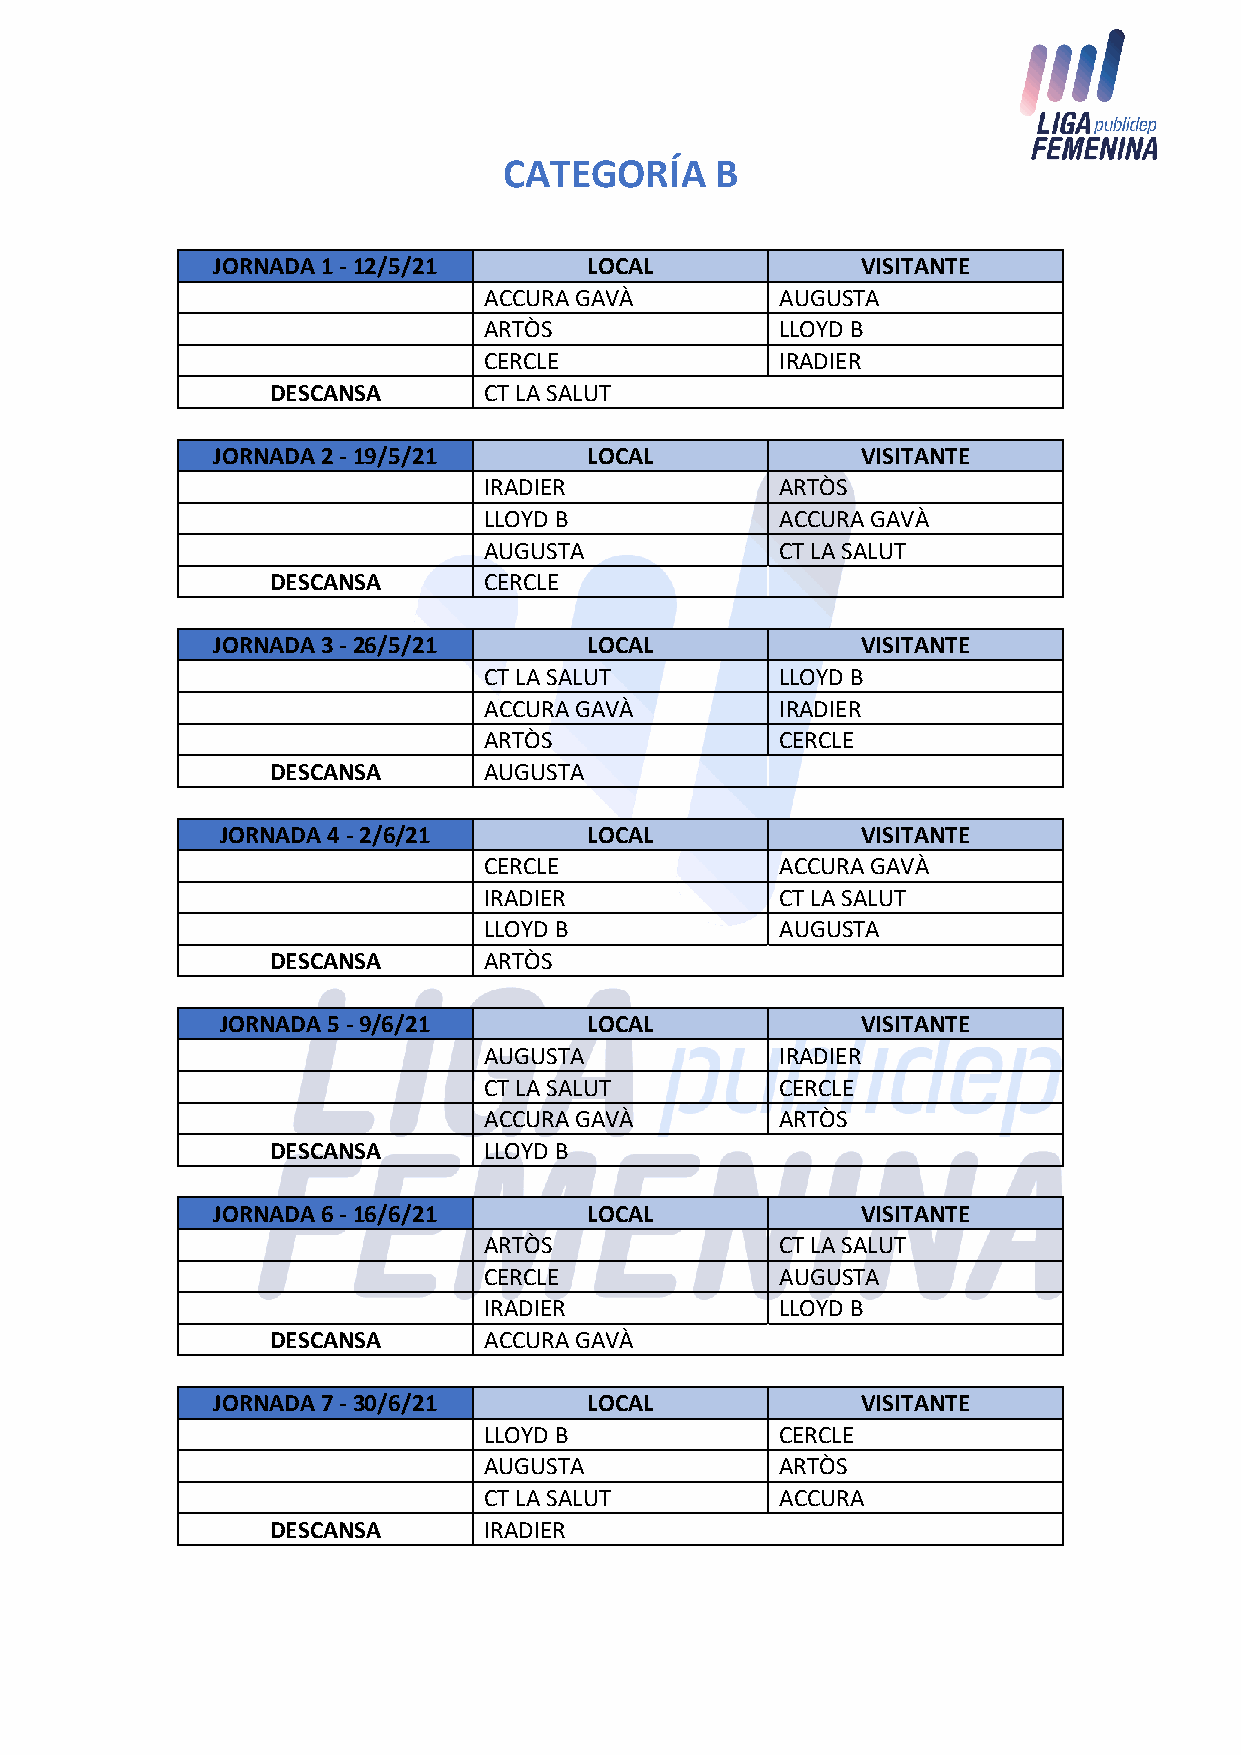
CATEGORÍA     B
 JORNADA 1 - 12/5/21      LOCAL             VISITANTE
 ACCURA GAVÀ         AUGUSTA
 ARTÒS               LLOYD B
 CERCLE              IRADIER
 DESCANSA      CT LA SALUT
 JORNADA 2 - 19/5/21      LOCAL             VISITANTE
 IRADIER             ARTÒS
 LLOYD B             ACCURA GAVÀ
 AUGUSTA             CT LA SALUT
 DESCANSA      CERCLE
 JORNADA 3 - 26/5/21      LOCAL             VISITANTE
 CT LA SALUT         LLOYD B
 ACCURA GAVÀ         IRADIER
 ARTÒS               CERCLE
 DESCANSA      AUGUSTA
 JORNADA 4 - 2/6/21      LOCAL             VISITANTE
 CERCLE              ACCURA GAVÀ
 IRADIER             CT LA SALUT
 LLOYD B             AUGUSTA
 DESCANSA      ARTÒS
 JORNADA 5 - 9/6/21      LOCAL             VISITANTE
 AUGUSTA             IRADIER
 CT LA SALUT         CERCLE
 ACCURA GAVÀ         ARTÒS
 DESCANSA      LLOYD B
 JORNADA 6 - 16/6/21      LOCAL             VISITANTE
 ARTÒS               CT LA SALUT
 CERCLE              AUGUSTA
 IRADIER             LLOYD B
 DESCANSA      ACCURA GAVÀ
 JORNADA 7 - 30/6/21      LOCAL             VISITANTE
 LLOYD B             CERCLE
 AUGUSTA             ARTÒS
 CT LA SALUT         ACCURA
 DESCANSA      IRADIER